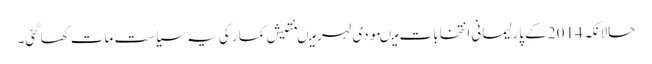
حالانکہ 2014 کے پارلیمانی انتخابات میںمودی لہر میںنتیش کمار کی یہ سیاست مات کھاگئی۔